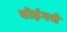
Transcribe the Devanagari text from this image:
बोइंगचे